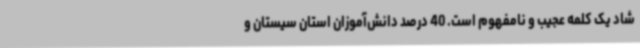
شاد یک کلمه عجیب و نامفهوم است. 40 درصد دانش‌آموزان استان سیستان و